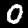
Label: 0